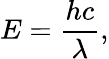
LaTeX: E={\frac{hc}{\lambda}},